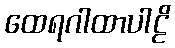
ထေရဂါထာပါဠိ